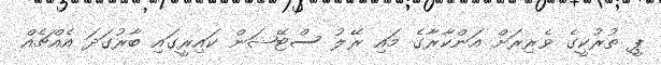
ޕީ ތުރުކީގެ ވެރިރަށް އަންކާރާގެ މައި ރޭލު ސްޓޭޝަން ކައިރީގައި ބާރުގަދަ އެއްޗެއް